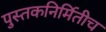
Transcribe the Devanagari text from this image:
पुस्तकनिर्मितीच